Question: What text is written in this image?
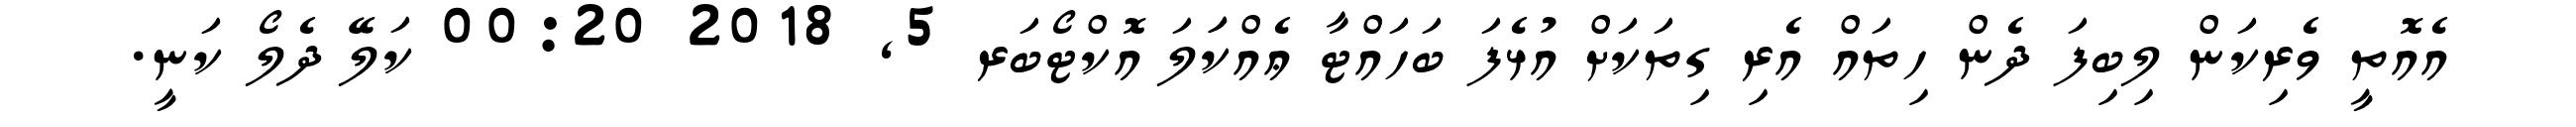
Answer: އެއޮތީ ވެރިކަން ލިބިފަ ދެން ހިތައް އެރި ގިތަކަށް އުޅެފަ ބަހައްޓާ ޢެއްކަަލަ އޮކްޓޯބަރ 5, 2018 00:20 ކަލޭ ދެލޯ ކަނީ.